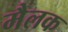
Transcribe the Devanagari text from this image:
मैलक